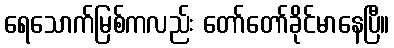
ရေသောက်မြစ်ကလည်း တော်တော်ခိုင်မာနေပြီ။